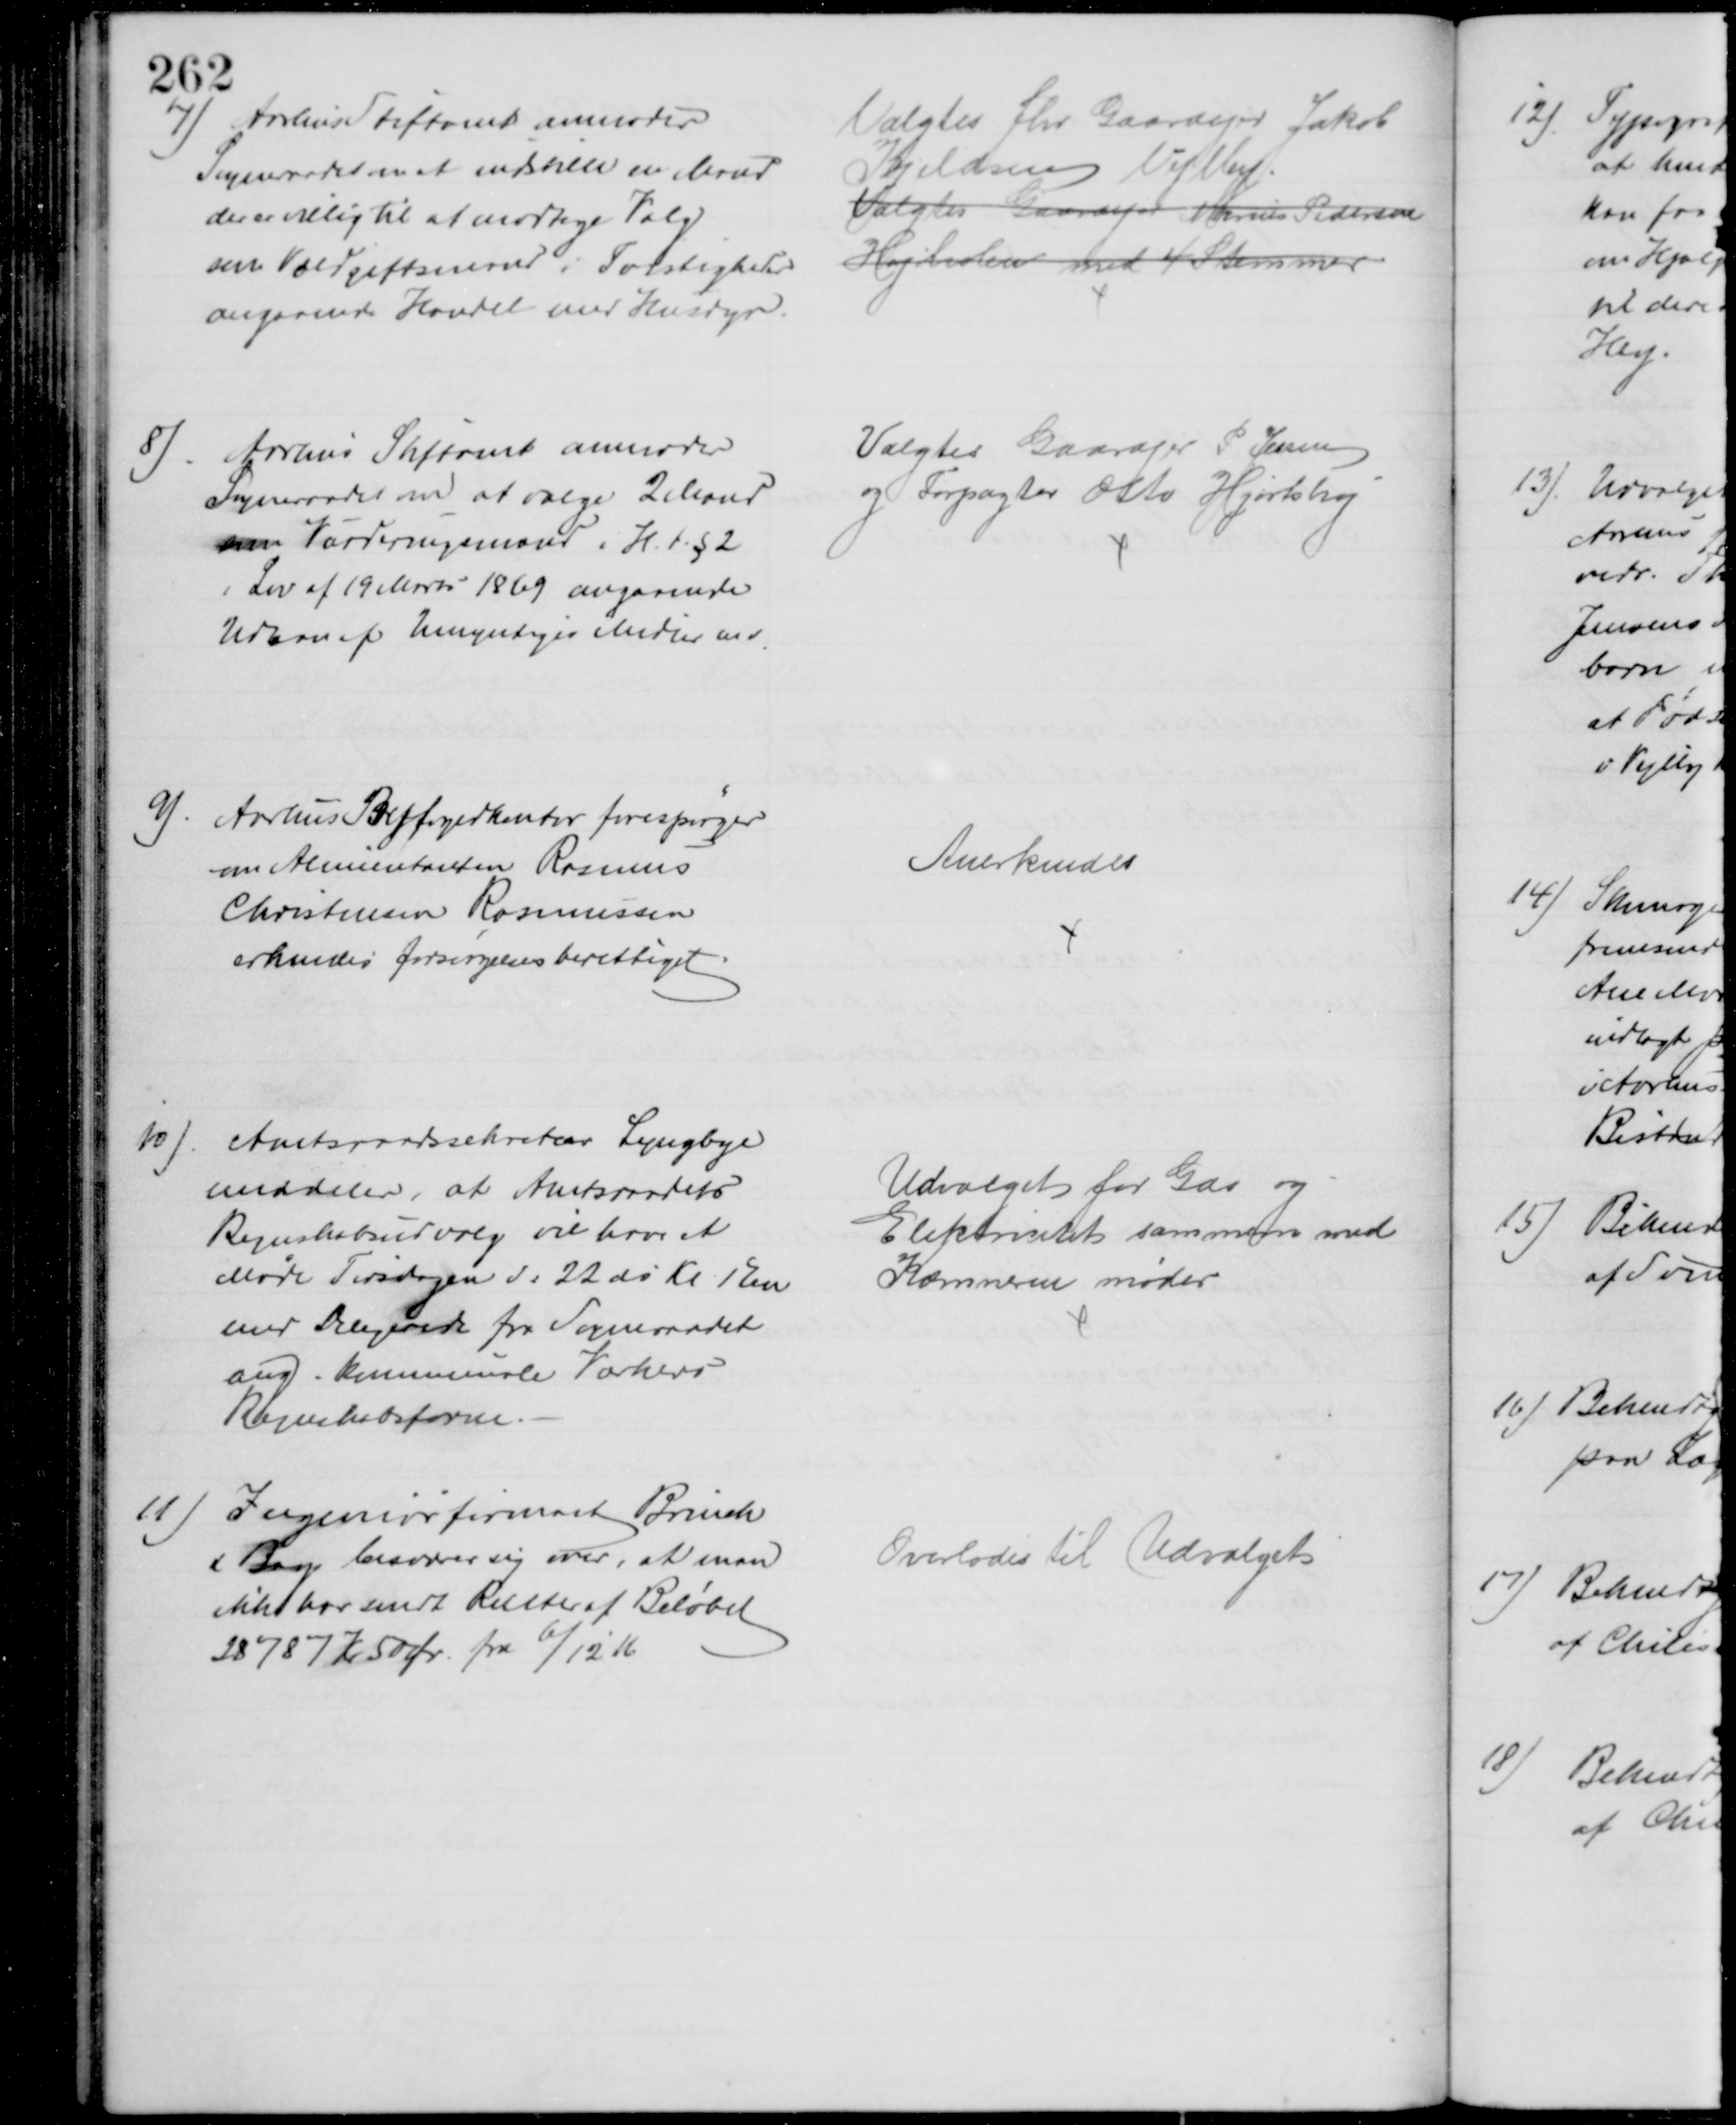
Transskription:
7) Aarhus Stiftamt anmoder
Sogneraadet om at indstille en Mand
der er villig til at modtage Valg
som Voldgiftsmand i Tvistigheder
angaaende Handel med Husdyr.
Valgtes fhv Gaardejer Jakob
Kjeldsen Vejlby.
Valgtes Gaardejer Marius Pedersen
Højholm med 4 Stemmer
8). Aarhus Stiftamt anmoder
Sogneraadet om at vælge 2 Mænd
som Vurderingsmænd i H. t. § 2
i Lov af 19 Marts 1869 angaaende
Udlaan af Umyndiges Midler m v
Valgtes Gaardejer P. Jessen
og Forpagter Otto Hjortshøj
9). Aarhus Byfogedkontor forespørger
om Alimentanten Rasmus
Christensen Rasmussen
erkendes forsørgelsesberettiget
Anerkendes
10)
Amtsraadssekretær Lyngbye
meddeler, at Amtsraadets
Regnskabsudvalg vil have et
Møde Tirsdagen d: 22 ds Kl 1 Em
med Delegerede fra Sogneraadet
ang. kommunale Værkers
Regnskabsform
Udvalget for Gas og 
Elektricitet sammen med
Kæmneren møder
11)
Ingeniørfirmaet Brinch
& Bay besværer sig over, at man
ikke har sendt Renter af Beløbet
28787 Kr 50 Ør. fra 6/12 16
Overlodes til Udvalget